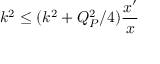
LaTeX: k ^ { 2 } \le ( k ^ { 2 } + Q _ { P } ^ { 2 } / 4 ) { \frac { x ^ { \prime } } { x } }